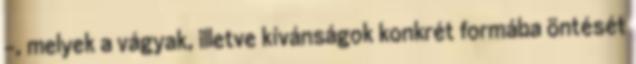
-, melyek a vágyak, illetve kívánságok konkrét formába öntését